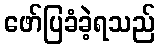
ဖော်ပြခံခဲ့ရသည်